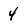
Character: 4